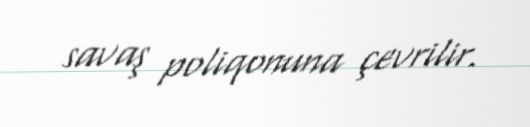
savaş poliqonuna çevrilir.